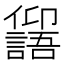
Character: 𠑕